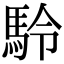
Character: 駖